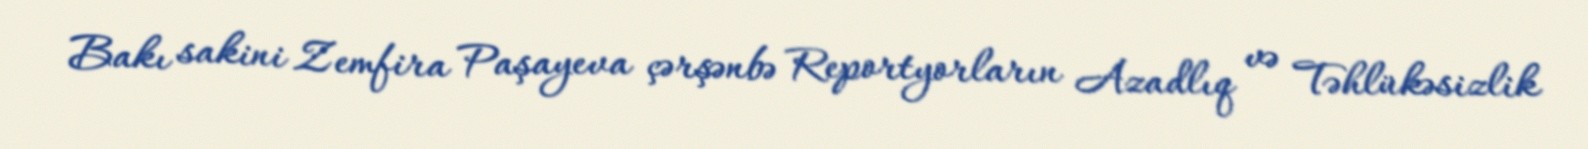
Bakı sakini Zemfira Paşayeva çərşənbə Reportyorların Azadlıq və Təhlükəsizlik